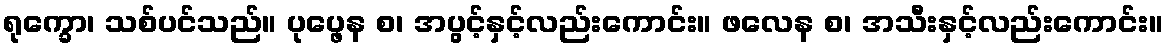
ရုက္ခော၊ သစ်ပင်သည်။ ပုပ္ဖေန စ၊ အပွင့်နှင့်လည်းကောင်း။ ဖလေန စ၊ အသီးနှင့်လည်းကောင်း။